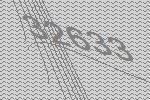
32633